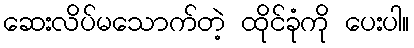
ဆေးလိပ်မသောက်တဲ့ ထိုင်ခုံကို ပေးပါ။